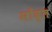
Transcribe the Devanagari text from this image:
मोंद्ल